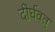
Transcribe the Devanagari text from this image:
दीर्घवत्‌